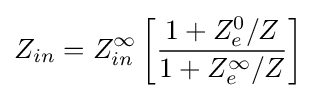
Z_{in}=Z_{in}^{\infty }\left[{\frac {1+Z_{e}^{0}/Z}{1+Z_{e}^{\infty }/Z}}\right]